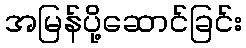
အမြန်ပို့ဆောင်ခြင်း